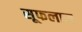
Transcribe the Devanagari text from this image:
सूफलाम